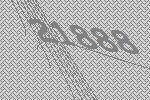
21888